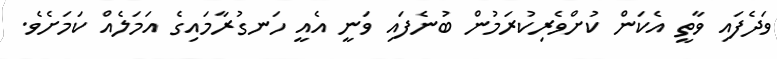
ވަދެފައި ވާތީ އެކަން ކުށްވެރިކުރަމުން ބުނެފައި ވަނީ އެއީ ހަނގުރާމައިގެ އަމަލެއް ކަމަށެވެ.